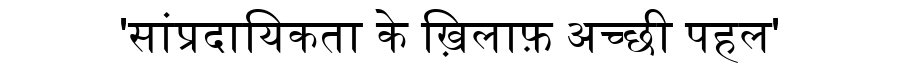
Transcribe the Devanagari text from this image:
'सांप्रदायिकता के ख़िलाफ़ अच्छी पहल'